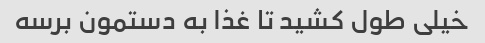
خیلی طول کشید تا غذا به دستمون برسه